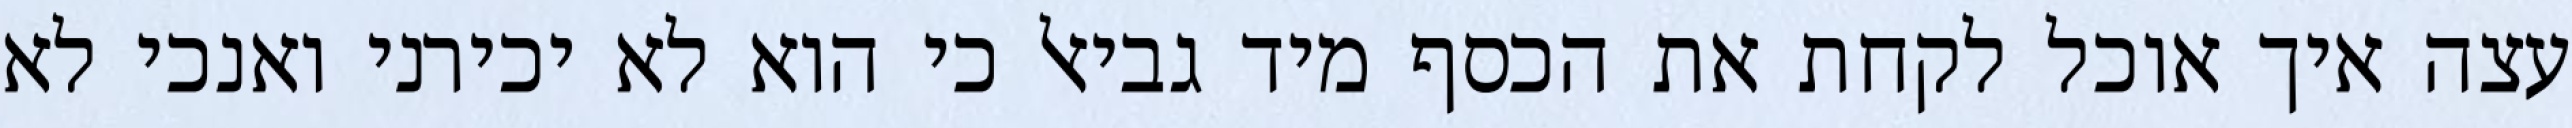
עצה איך אוכל לקחת את הכסף מיד גביאל כי הוא לא יכירני ואנכי לא